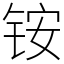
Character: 铵